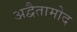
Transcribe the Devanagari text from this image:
अद्वैतामोद